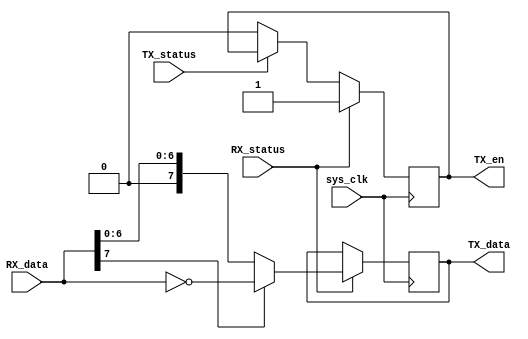
module controller(sys_clk,RX_data,RX_status,TX_data,TX_en,TX_status);
	input [7:0]RX_data;
	input RX_status,sys_clk;
	output [7:0]TX_data;
	output TX_en;
	input TX_status;

	reg [7:0]TX_d;
	reg TX_en_b;

	initial
		begin
			TX_en_b<=0;
			TX_d<=0;
		end

	assign TX_data=TX_d;
	assign TX_en=TX_en_b;

	always@(posedge sys_clk)
	begin
		if(RX_status)
			begin
				if(RX_data[7])
					TX_d<=~RX_data;
				else
					TX_d<=RX_data;
			end

		if(RX_status)
			TX_en_b<=1;
		else if(~TX_status)
			TX_en_b<=0;
	end

endmodule // controller